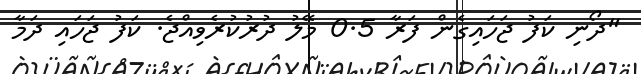
"ދޯނި ކަފު ޖަހައިގެން ފަރާ 0.5 މޭލު ދުރުކުރެވިއްޖެ. ކަފު ޖަހައި ދަމާ